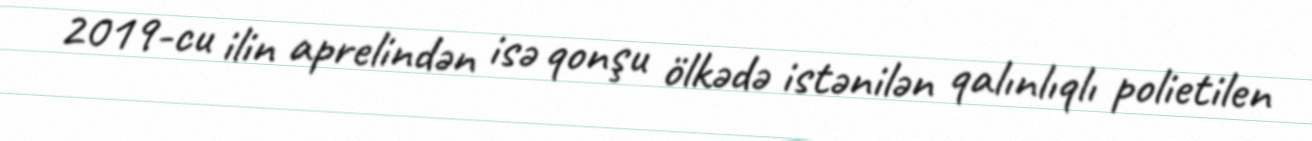
2019-cu ilin aprelindən isə qonşu ölkədə istənilən qalınlıqlı polietilen